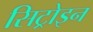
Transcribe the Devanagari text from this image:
सिट्रोइन